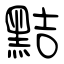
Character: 黠